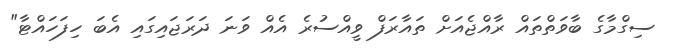
ސިގްމާގެ ބާވަތްތައް ރާއްޖެއަށް ތައާރަފް ވީއްސުރެ އެއް ވަނަ ދަރަޖައިގައި އެބަ ހިފަހައްޓާ"